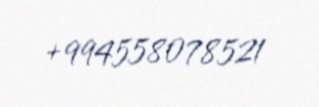
+994558078521